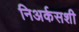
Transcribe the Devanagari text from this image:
निअर्कसशी